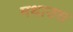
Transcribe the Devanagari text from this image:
मथाउस